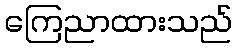
ကြေညာထားသည်